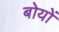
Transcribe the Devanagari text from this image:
बोयों